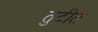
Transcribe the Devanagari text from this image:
तुटीत